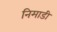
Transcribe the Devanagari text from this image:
निमाडी